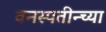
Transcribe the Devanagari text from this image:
वनस्पतीन्च्या